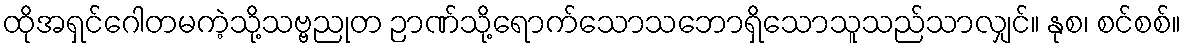
ထိုအရှင်ဂေါတမကဲ့သို့သဗ္ဗညုတ ဉာဏ်သို့ရောက်သောသဘောရှိသောသူသည်သာလျှင်။ နုစ၊ စင်စစ်။